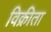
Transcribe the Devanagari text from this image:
विक्रीता